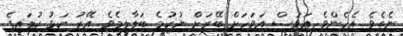
ނެތެވެ. އެހެންވެ އަވަސް އަވަހަށް ބޭރަށް ނުކުމެ ބަލާލީމެވެ. އޭރު ކަޅު ކުލައިގެ